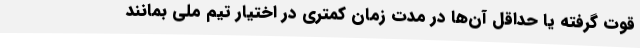
قوت گرفته یا حداقل آن‌ها در مدت زمان کمتری در اختیار تیم ملی بمانند